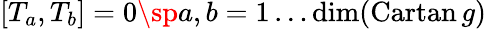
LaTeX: [T_{a},T_{b}]=0\sp a,b=1\ldots\mathrm{dim}(\mathrm{Cartan}\, g)